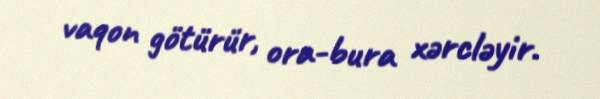
vaqon götürür, ora-bura xərcləyir.